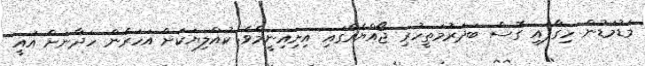
މަޑުމަޑުން ހިގާފައި ގޮސް ބަދަރުމަތީހުރި ޖޯއްޔެއްގައި އިށިއިނީމެވެ. ކުއްލިޔަކަށް އަހަރެން ހަދާނަށް އައީ